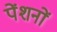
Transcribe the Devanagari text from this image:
पेंशनों